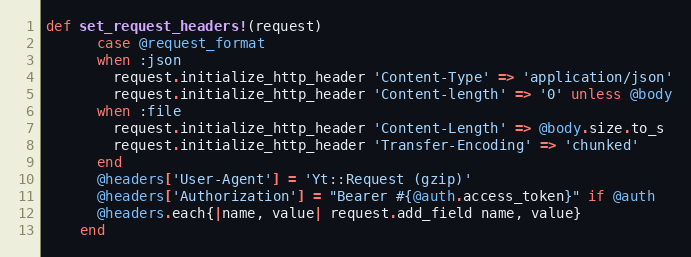
Language: Ruby
def set_request_headers!(request)
      case @request_format
      when :json
        request.initialize_http_header 'Content-Type' => 'application/json'
        request.initialize_http_header 'Content-length' => '0' unless @body
      when :file
        request.initialize_http_header 'Content-Length' => @body.size.to_s
        request.initialize_http_header 'Transfer-Encoding' => 'chunked'
      end
      @headers['User-Agent'] = 'Yt::Request (gzip)'
      @headers['Authorization'] = "Bearer #{@auth.access_token}" if @auth
      @headers.each{|name, value| request.add_field name, value}
    end